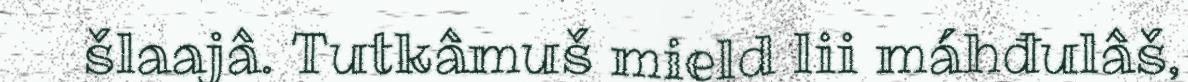
šlaajâ. Tutkâmuš mield lii máhđulâš,